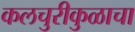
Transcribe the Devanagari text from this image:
कलचुरीकुळाचा